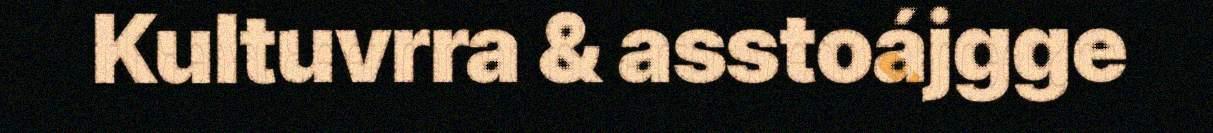
Kultuvrra & asstoájgge